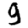
Digit: 9